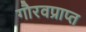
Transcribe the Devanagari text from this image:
गौरवप्राप्त